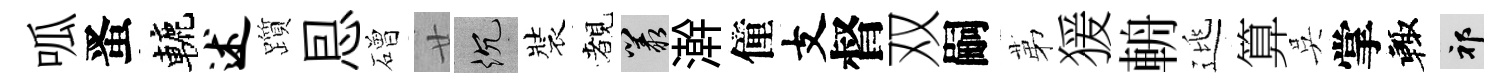
呱󱉠轆述躓㤙磳廿沉裝覩叢澣僮支督双嗣苐猨輈逃算吳掌輙祁